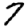
Digit: 7